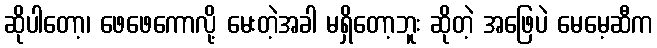
ဆိုပါတော့၊ ဖေဖေကောလို့ မေးတဲ့အခါ မရှိတော့ဘူး ဆိုတဲ့ အဖြေပဲ မေမေ့ဆီက